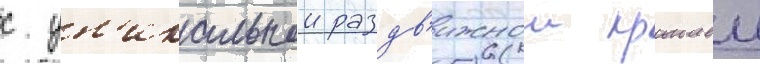
с ун'икальнои раздв'ижнои крышеи